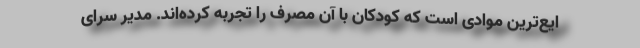
ایع‌ترین موادی است که کودکان با آن مصرف را تجربه کرده‌اند. مدیر سرای